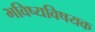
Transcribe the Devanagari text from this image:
भविष्यविषयक